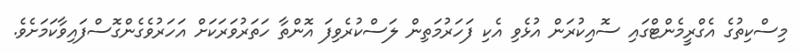
މިސްކިތުގެ އެގްރީމެންޓްގައި ސޮއިކުރަން އުޅެވި އެކި ފަހަރުމަތިން ލަސްކުރެވިފަ އޮންތާ ހަތަރުވަރަކަށް އަހަރުވެގެންގޮސްފައިވާކަމަށެވެ.